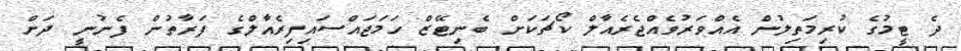
ދެ ޓީމުގެ ކުރިމަތިލުން އެއްވަރުވެއްޖެރެއާލް ކޯޗަކަށް ބެނިޓޭޒް ހަމަޖައްސައިފިރެއާލްގެ ފަރާތުން ފެނުނީ ދަށް